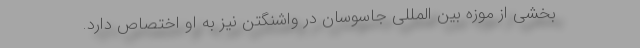
بخشی از موزه بین ‌المللی جاسوسان در واشنگتن نیز به او اختصاص دارد.